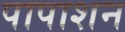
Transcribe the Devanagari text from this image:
पापाशन